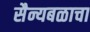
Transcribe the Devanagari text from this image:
सैन्यबळाचा